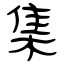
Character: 集